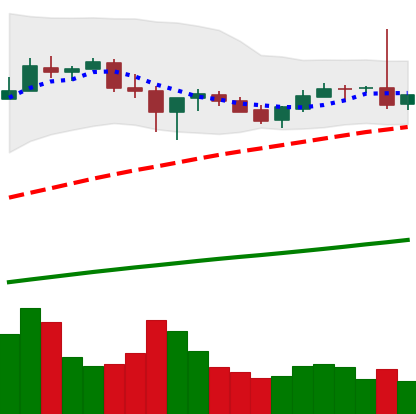
Ticker: BTC-USD
Chart end date: 2017-07-08
Forward return: -8.301%
Label: down_7plus